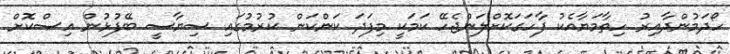
ހޯދަމުންދާއިރު ހިތާމަޔާއެކު ފާހަގަކޮށްލަންޖެހޭ ކަމަކީ މިފަދަ ކަންކަން ކުރުމުގައި ސިޔާސީ ބޭފުޅުން އިސްކޮށް